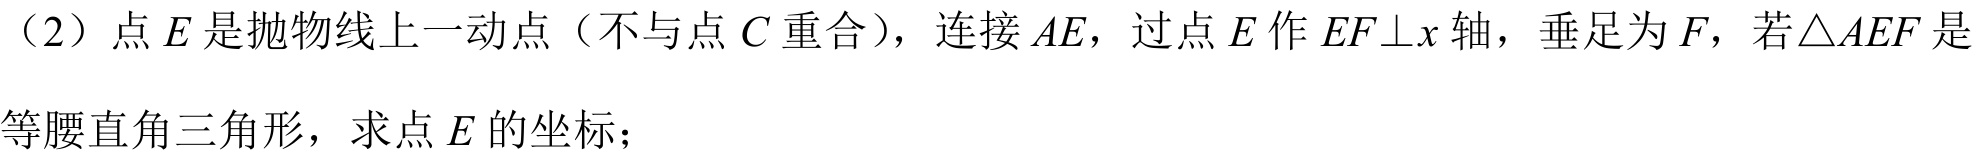
（2）点\(E\)是抛物线上一动点（不与点\(C\)重合），连接\(AE\)，过点\(E\)作\(EF\bot x\)轴，垂足为\(F\)，若\(\triangle AEF\)是等腰直角三角形，求点\(E\)的坐标；